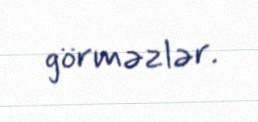
görməzlər.